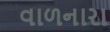
વાળનારા